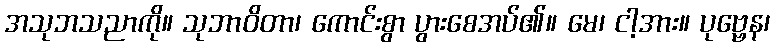
အသုဘသညာကို။ သုဘာဝိတာ၊ ကောင်းစွာ ပွားစေအပ်၏။ မေ၊ ငါ့အား။ ပုဗ္ဗေန၊